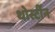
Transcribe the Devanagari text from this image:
थोर्स्टीन